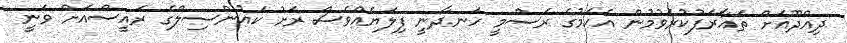
ދިއްދޫއަށް ތައާރަފުކުރެވުމުން އެކަމުގެ ރަސްމީ ހަނދާނީ ފިލަޔެއްވެސް ރަށު ކައުންސިލްގެ ރައީސްއަށް ވަނީ